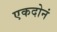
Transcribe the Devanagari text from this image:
एकदोनं